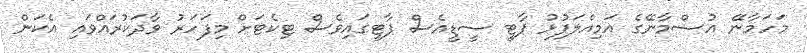
މަހަމާނޭ އުސްމާނޭގެ އަމިއްލަފުޅު ޕާޓީ ސީޑީއެސް ޕާޓީގައިވެސް ޓިކެޓަށް މިފަހަރު ވާދަކުރައްވައި އެކަން